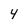
Character: 4